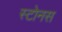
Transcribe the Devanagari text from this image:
स्टोनस